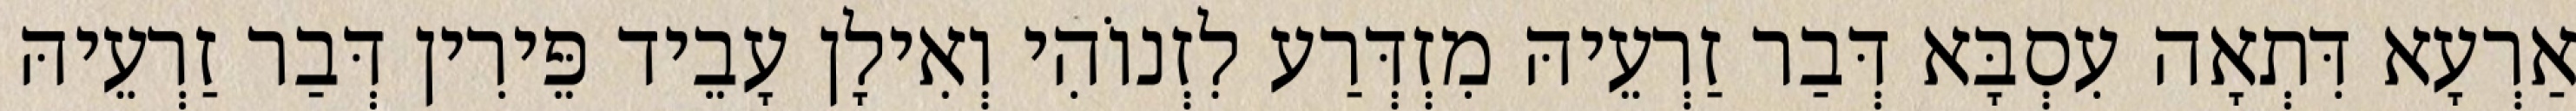
אַרְעָא דִּתְאָה עִסְבָּא דְּבַר זַרְעֵיהּ מִזְדְּרַע לִזְנוֹהִי וְאִילָן עָבֵיד פֵּירִין דְּבַר זַרְעֵיהּ